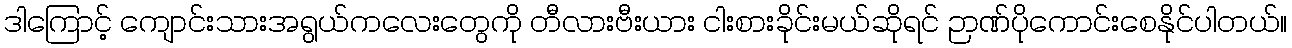
ဒါကြောင့် ကျောင်းသားအရွယ်ကလေးတွေကို တီလားဗီးယား ငါးစားခိုင်းမယ်ဆိုရင် ဉာဏ်ပိုကောင်းစေနိုင်ပါတယ်။